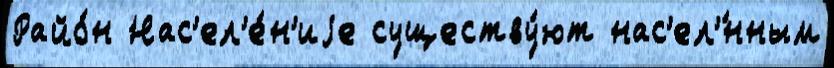
Райо́н Нас'ел'е́н'иjе существу́ют нас'ел'́нным